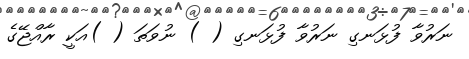
ނަރުވާ ފުޅަނގި ނަރުވާ ފުޅަނގި ( ) ނުވަތަ ( )އަކީ ރާއްޖޭގެ